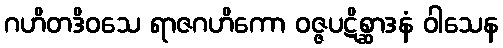
ဂဟိတဒိဝသေ ရာဇဂဟိကော ဝဇ္ဇပဋိစ္ဆာဒနံ ဝါသေန